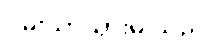
ဝမ်းသာသွားမိ သည်။